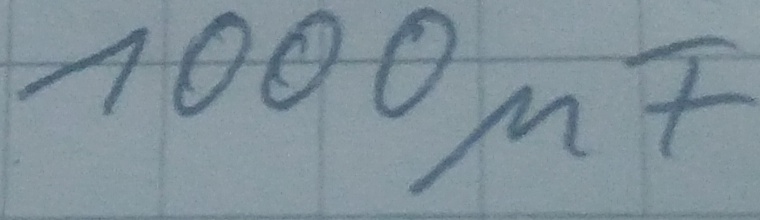
Text: 1000µF